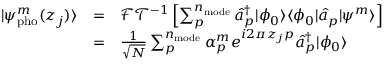
\begin{array} { c c l } { | \psi _ { \mathrm { p h o } } ^ { m } ( z _ { j } ) \rangle } & { = } & { \mathcal { F T } ^ { - 1 } \left[ \sum _ { p } ^ { n _ { \mathrm { m o d e } } } \hat { a } _ { p } ^ { \dagger } | \phi _ { 0 } \rangle \langle \phi _ { 0 } | \hat { a } _ { p } | \psi ^ { m } \rangle \right] } \\ & { = } & { \frac { 1 } { \sqrt N } \sum _ { p } ^ { n _ { \mathrm { m o d e } } } \alpha _ { p } ^ { m } e ^ { i 2 \pi z _ { j } p } \hat { a } _ { p } ^ { \dagger } | \phi _ { 0 } \rangle } \end{array}